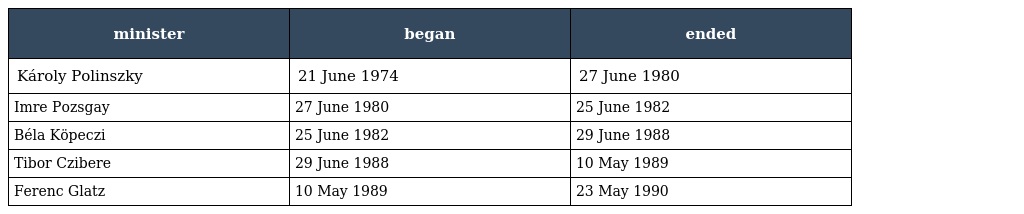
| minister | began | ended |
 | --- | --- | --- |
 | Károly Polinszky | 21 June 1974 | 27 June 1980 |
 | Imre Pozsgay | 27 June 1980 | 25 June 1982 |
 | Béla Köpeczi | 25 June 1982 | 29 June 1988 |
 | Tibor Czibere | 29 June 1988 | 10 May 1989 |
 | Ferenc Glatz | 10 May 1989 | 23 May 1990 |